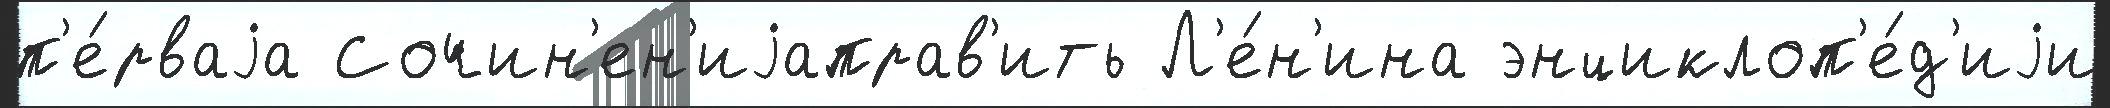
п'е́рваjа Сочин'ен'иjаправ'ить Л'е́н'ина энциклоп'е́д'иjи